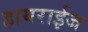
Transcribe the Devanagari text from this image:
हायराईज